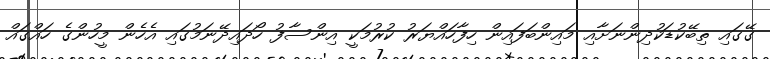
ގޭގައި ތިބޭކުޑަކުދިންނަށާއި މައިންބަފައިން ހިފާހައްޔަރު ކުރުމަކީ އިންސާފު ހޯދައިދޭނަމުގައި އެހެން މީހުންގެ ހައްގައް